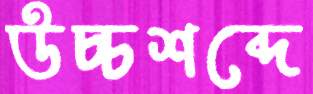
উচ্চশব্দে